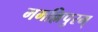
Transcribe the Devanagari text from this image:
ममल्लिपुरम्